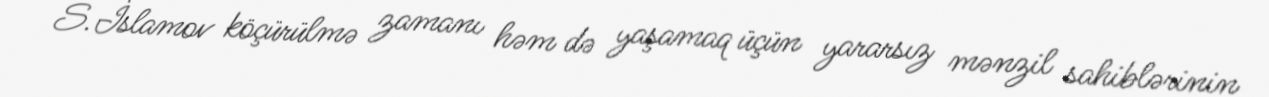
S.İslamov köçürülmə zamanı həm də yaşamaq üçün yararsız mənzil sahiblərinin